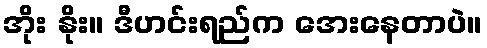
အိုး နိုး။ ဒီဟင်းရည်က အေးနေတာပဲ။